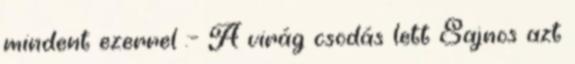
mindent ezerrel :- A virág csodás lett Sajnos azt